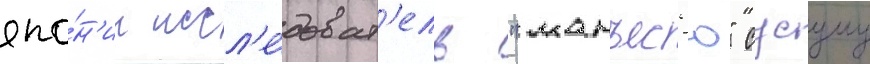
япо́н'ии иссл'е́доват'ель "манъес'ю" сусуму